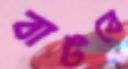
বাটবে